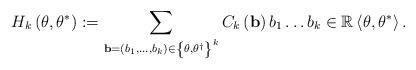
LaTeX: \begin{align*}H_{k}\left( \theta,\theta^{\ast}\right) :=\sum_{\mathbf{b}=\left(b_{1},\dots,b_{k}\right) \in\left\{ \theta,\theta^{\dagger}\right\} ^{k}}C_{k}\left( \mathbf{b}\right) b_{1}\dots b_{k}\in\mathbb{\mathbb{R}}\left\langle \theta,\theta^{\ast}\right\rangle . \end{align*}